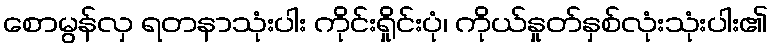
စောမွန်လှ ရတနာသုံးပါး ကိုင်းရှိုင်းပုံ၊ ကိုယ်နှုတ်နှစ်လုံးသုံးပါး၏